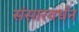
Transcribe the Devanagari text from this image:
संसारवर्धन